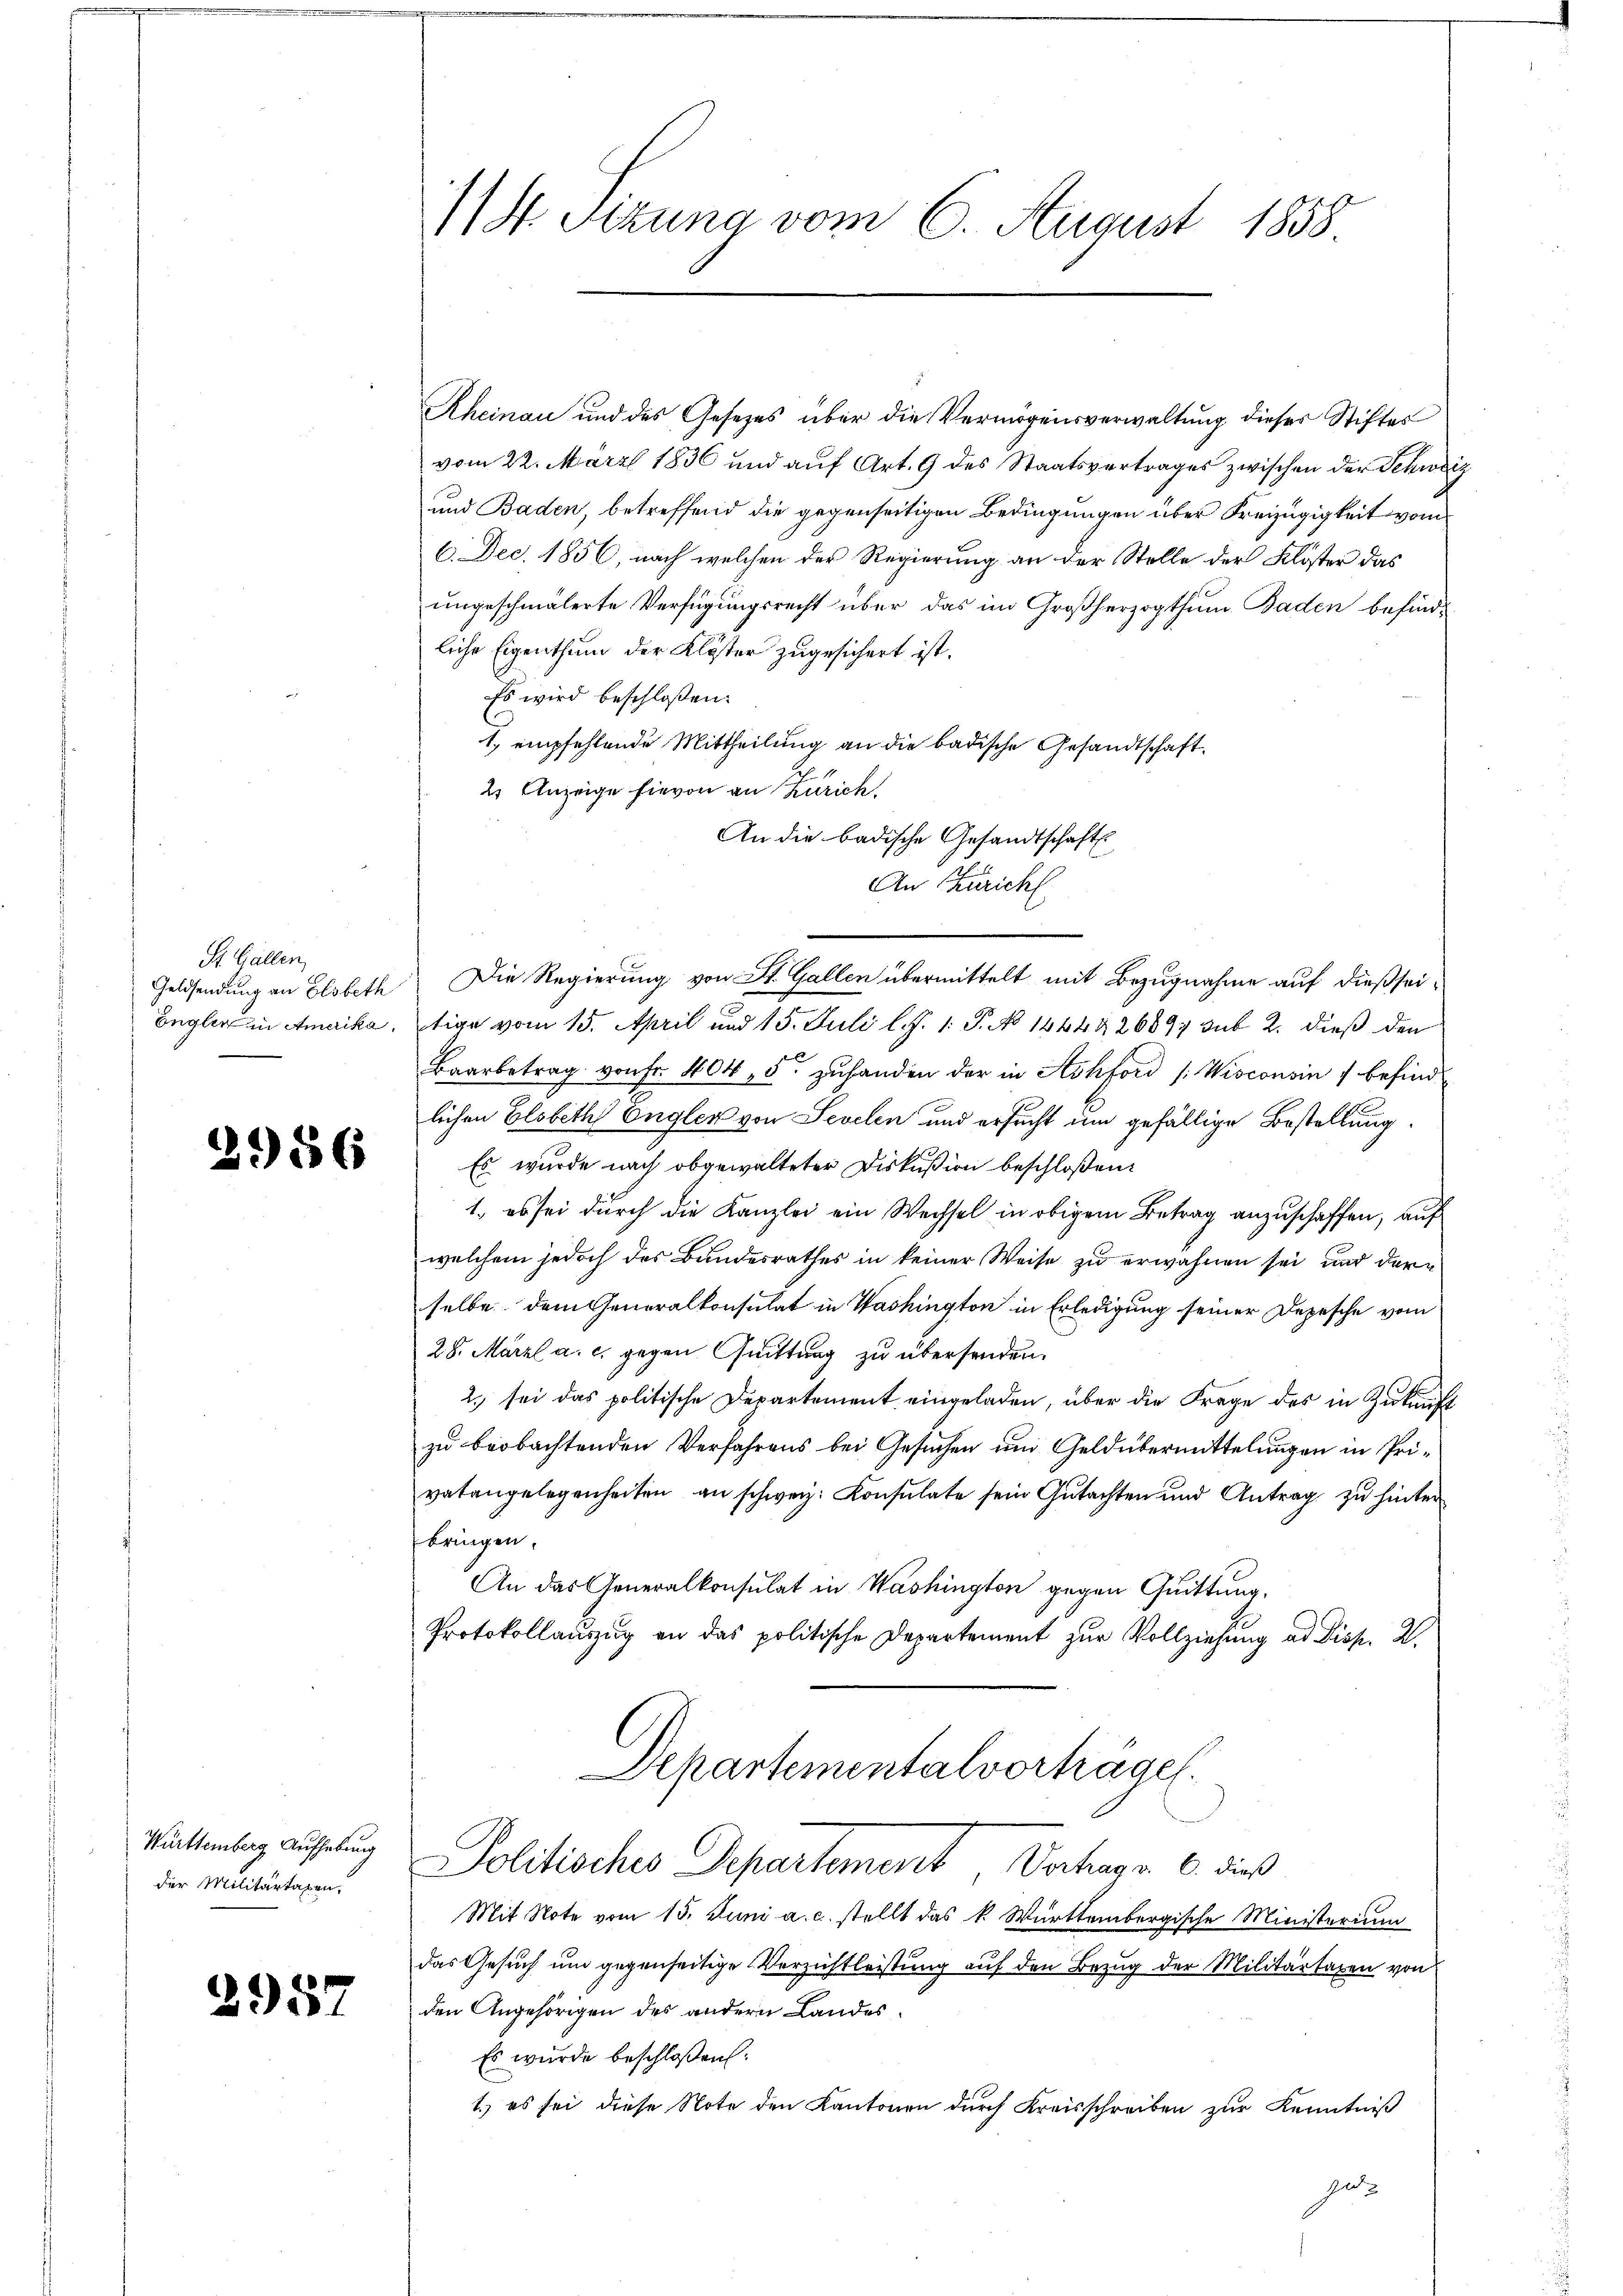
St. Gallen,
Geldsendung an Elsbeth
Engler in Amerika.

2956

Württemberg, Aufhebung
der Militärtagen.

2957

1/S. Sitzung vom 6. August 1858

Rheinau und des Gesetzes über die Vermögensverwaltung dieser Stiftes
vom 22. März 1836 und aŭf Art. 9 des Staatsvertrages zwischen der Schweiz
und Baden, betreffend die gegenseitigen Bedingungen über Freizügigkeit vom
6. Dec. 1856, nach welchen der Regierung an der Stelle der Klöster das
ungeschmälerte Verfügungsrecht über das im Großherzogthum Baden befindliche Eigenthum der Klöster zugesichert ist.
Es wird beschloßen:
1, empfehlende Mittheilung an die badische Gesandtschaft¬
2. Anzeige hievon an Zürich.
An die badische Gesandtschaft
An Züricht
tige vom 15. April und 15. Juli l. J. 1. P. No 1444 & 26897 sub 2. dieß den
Baarbetrag von Fr. 404, 5 zuhanden der in Sohford /:Wisconsin 7 befind
lichen Elsbeth Engler von Sevelen und ersucht um gefällige Bestellung.
Es wurde nach obgewalteter Diskußion beschloßen:
1. es sei durch die Kanzlei ein Wechsel in obigem Betrag anzuschaffen, auf
welchem jedoch des Bundesrathes in keiner Weise zu erwähnen sei, und der
selbe dem Generalkonsulat in Washington in Erledigung seiner Depesche vom
28. März a. c. gegen Quittung zu übersenden.
2.) sei das politische Departement eingeladen, über die Frage des in Zukunft
zu beobachtenden Verfahrens bei Gesuchen und Geldübermittelungen in Privatangelegenheiten an schweiz. Konsulate sein Gutachten und Antrag zu hinter
bringen.
An das Generalkonsulat in Washington gegen Quittung,
Protokollauszug an das politische Departement zur Vollziehung ad Disp. 2.
Departementalvorträge.
Politisches Departement Verhag 6. dieß
Mit Note vom 15. Juni a. c. stellt das k. Württembergische Ministerium
das Gesuch um gegenseitige Verzichtleistung auf den Bezug der Militärtaxen von
den Angehörigen des andern Landes¬
Es wurde beschloßen:
1.) es sei diese Note den Kantonen durch Kreisschreiben zur Kenntniß

Die Regierung von St. Gallen übermittelt mit Bezugnahme auf dießsei¬